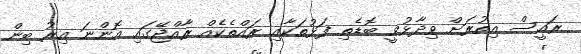
ރައީސް އިތުރަށް ވިދާޅުވީ ބޮޑެތި ފަޅުތަކާއި ރައްތެކެއް ރާއްޖޭގައި އޮންނަ އިރު ބިން